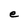
Character: e